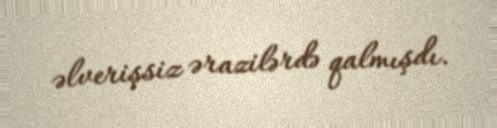
əlverişsiz ərazilərdə qalmışdı.